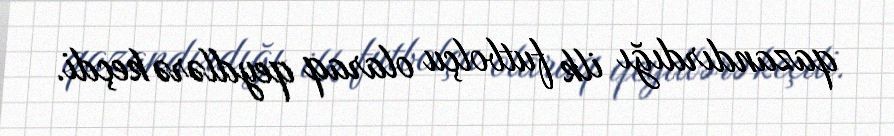
qazandırdığı ilk futbolçu olaraq qeydlərə keçdi.